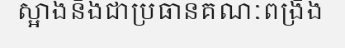
ស្អាងនិងជាប្រធានគណៈពង្រឹង